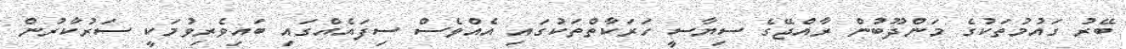
ބޭރު ގައުމުތަކުގެ މަންދޫބުން ރާއްޖޭގެ ސިޔާސީ ހަރަކާތްތަކުގައި އެއްވެސް ސިފައެއްގައި ބައިވެރިވުމަކީ ސަރުކާރުން